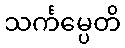
သင်္ကမ္ပေတိ